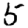
Digit: 5